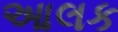
આલક